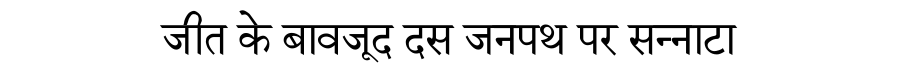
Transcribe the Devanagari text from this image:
जीत के बावजूद दस जनपथ पर सन्नाटा